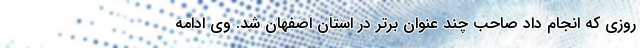
روزی که انجام داد صاحب چند عنوان برتر در استان اصفهان شد. وی ادامه